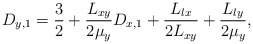
\begin{align*}D_{y,1} = \frac{3}{2}+\frac{L_{xy}}{2\mu_{y}}D_{x,1}+\frac{L_{lx}}{2L_{xy}}+\frac{L_{ly}}{2\mu_{y}},\end{align*}